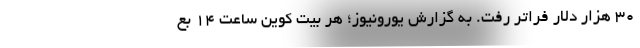
۳۰ هزار دلار فراتر رفت. به گزارش یورونیوز؛ هر بیت کوین ساعت ۱۴ بع